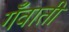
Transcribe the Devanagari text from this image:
गँवाती